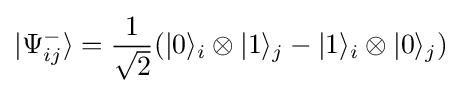
|\Psi _{ij}^{-}\rangle ={\frac {1}{\sqrt {2}}}(|0\rangle _{i}\otimes |1\rangle _{j}-|1\rangle _{i}\otimes |0\rangle _{j})